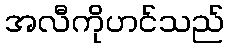
အလီကိုဟင်သည်